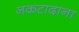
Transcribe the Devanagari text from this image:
नकटादाना